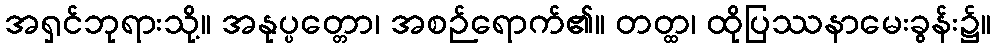
အရှင်ဘုရားသို့။ အနုပ္ပတ္တော၊ အစဉ်ရောက်၏။ တတ္ထ၊ ထိုပြဿနာမေးခွန်း၌။